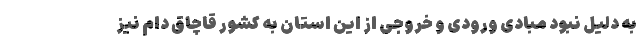
به دلیل نبود مبادی ورودی و خروجی از این استان به کشور قاچاق دام نیز